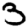
Digit: 3